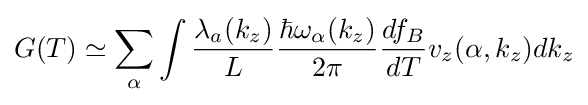
G(T)\simeq \sum _{\alpha }{\int {{\frac {\lambda _{a}(k_{z})}{L}}{\frac {\hbar \omega _{\alpha }(k_{z})}{2\pi }}{\frac {df_{B}}{dT}}v_{z}(\alpha ,k_{z})dk_{z}}}